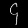
Digit: ၄